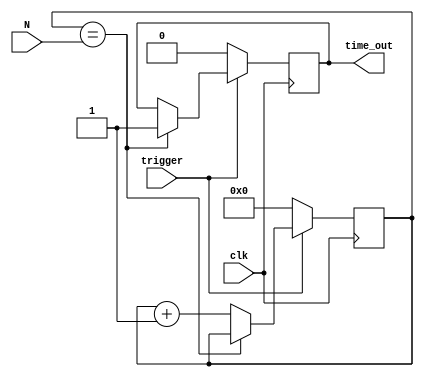
module delay(N, clk, trigger, time_out);

	input [15:0] N;
	input clk;
	input trigger;
	
	output time_out;
	
	reg [15:0] count;
	reg time_out;
	
	initial count = 16'b0;
	initial time_out = 1'b0;
	
	always @ (posedge clk)
	begin
		if(trigger == 1'b1)
		begin
			if(count == N)
				time_out <= 1'b1;
			else
				count <= count + 1'b1;
		end
		else
		begin
			count <= 0;
			time_out <= 0;
		end
	end	

endmodule